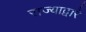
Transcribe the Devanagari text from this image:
राज्याद्वारे